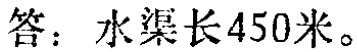
答：水渠长450米。